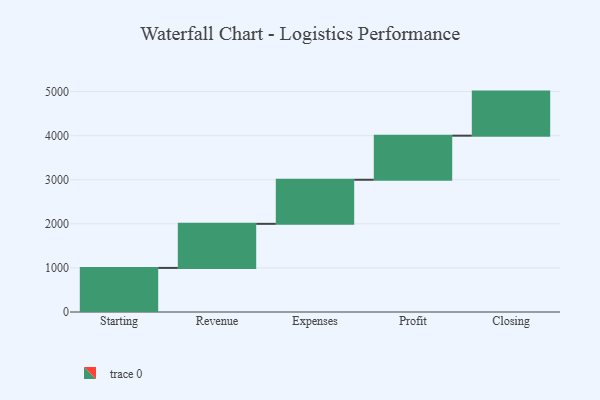
{"axis": {"x": "Step", "y": "Value"}, "legend": [""], "data": [{"x": "Starting", "y": 1000, "type": ""}, {"x": "Revenue", "y": 1000, "type": ""}, {"x": "Expenses", "y": 1000, "type": ""}, {"x": "Profit", "y": 1000, "type": ""}, {"x": "Closing", "y": 1000, "type": ""}]}